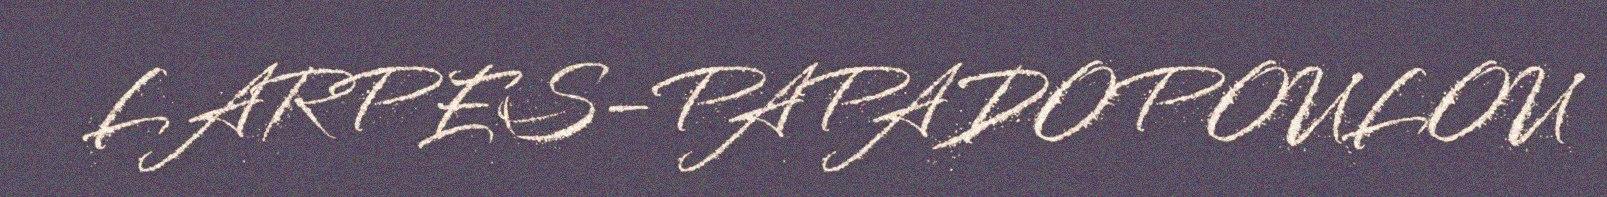
LARPES-PAPADOPOULOU